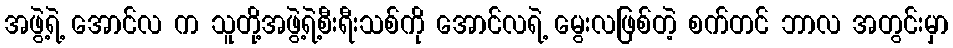
အဖွဲ့ရဲ့ အောင်လ က သူတို့အဖွဲ့ရဲ့စီးရီးသစ်ကို အောင်လရဲ့ မွေးလဖြစ်တဲ့ စက်တင် ဘာလ အတွင်းမှာ